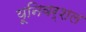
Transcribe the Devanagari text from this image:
यूनिवर्शल